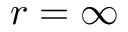
r = \infty